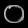
Digit: ၀